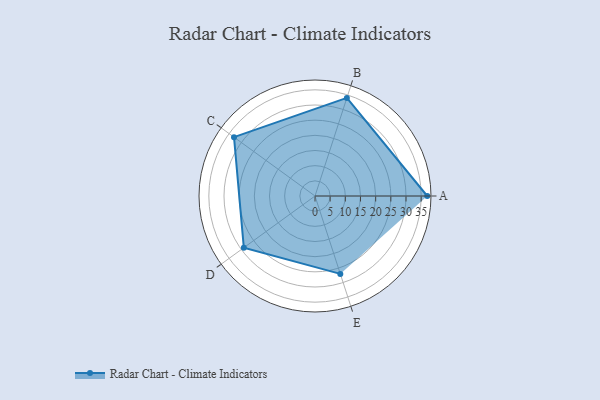
{"axis": {"x": "Skill", "y": "Score"}, "legend": ["Profile"], "data": [{"x": "A", "y": 37.0, "type": "Profile"}, {"x": "B", "y": 34.0, "type": "Profile"}, {"x": "C", "y": 33.0, "type": "Profile"}, {"x": "D", "y": 29.0, "type": "Profile"}, {"x": "E", "y": 27.0, "type": "Profile"}]}